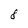
Character: 8